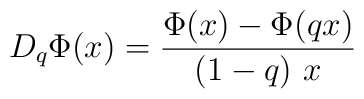
D_{q}\Phi (x)=\frac{\Phi (x)-\Phi (qx)}{(1-q)\ x}